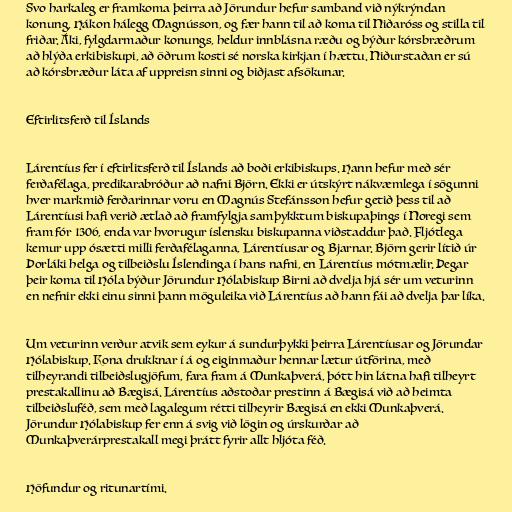
Svo harkaleg er framkoma þeirra að Jörundur hefur samband við nýkrýndan
konung, Hákon hálegg Magnússon, og fær hann til að koma til Niðaróss og stilla til
friðar. Áki, fylgdarmaður konungs, heldur innblásna ræðu og býður kórsbræðrum
að hlýða erkibiskupi, að öðrum kosti sé norska kirkjan í hættu. Niðurstaðan er sú
að kórsbræður láta af uppreisn sinni og biðjast afsökunar.

Eftirlitsferð til Íslands

Lárentíus fer í eftirlitsferð til Íslands að boði erkibiskups. Hann hefur með sér
ferðafélaga, predikarabróður að nafni Björn. Ekki er útskýrt nákvæmlega í sögunni
hver markmið ferðarinnar voru en Magnús Stefánsson hefur getið þess til að
Lárentíusi hafi verið ætlað að framfylgja samþykktum biskupaþings í Noregi sem
fram fór 1306, enda var hvorugur íslensku biskupanna viðstaddur það. Fljótlega
kemur upp ósætti milli ferðafélaganna, Lárentíusar og Bjarnar. Björn gerir lítið úr
Þorláki helga og tilbeiðslu Íslendinga í hans nafni, en Lárentíus mótmælir. Þegar
þeir koma til Hóla býður Jörundur Hólabiskup Birni að dvelja hjá sér um veturinn
en nefnir ekki einu sinni þann möguleika við Lárentíus að hann fái að dvelja þar líka.

Um veturinn verður atvik sem eykur á sundurþykki þeirra Lárentíusar og Jörundar
Hólabiskup. Kona drukknar í á og eiginmaður hennar lætur útförina, með
tilheyrandi tilbeiðslugjöfum, fara fram á Munkaþverá, þótt hin látna hafi tilheyrt
prestakallinu að Bægisá. Lárentíus aðstoðar prestinn á Bægisá við að heimta
tilbeiðsluféð, sem með lagalegum rétti tilheyrir Bægisá en ekki Munkaþverá.
Jörundur Hólabiskup fer enn á svig við lögin og úrskurðar að
Munkaþverárprestakall megi þrátt fyrir allt hljóta féð.

Höfundur og ritunartími.